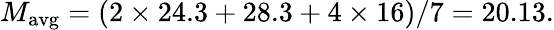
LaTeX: M_{\mathrm{avg}}=(2\times 24.3+28.3+4\times 16)/7=20.13.